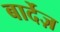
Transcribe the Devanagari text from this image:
बार्देज़